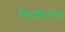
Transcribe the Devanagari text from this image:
निदर्शनांना